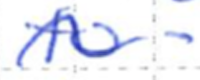
Text: to-
Cross-out: wave
Writing tool: ballpoint